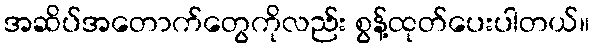
အဆိပ်အတောက်တွေကိုလည်း စွန့်ထုတ်ပေးပါတယ်။